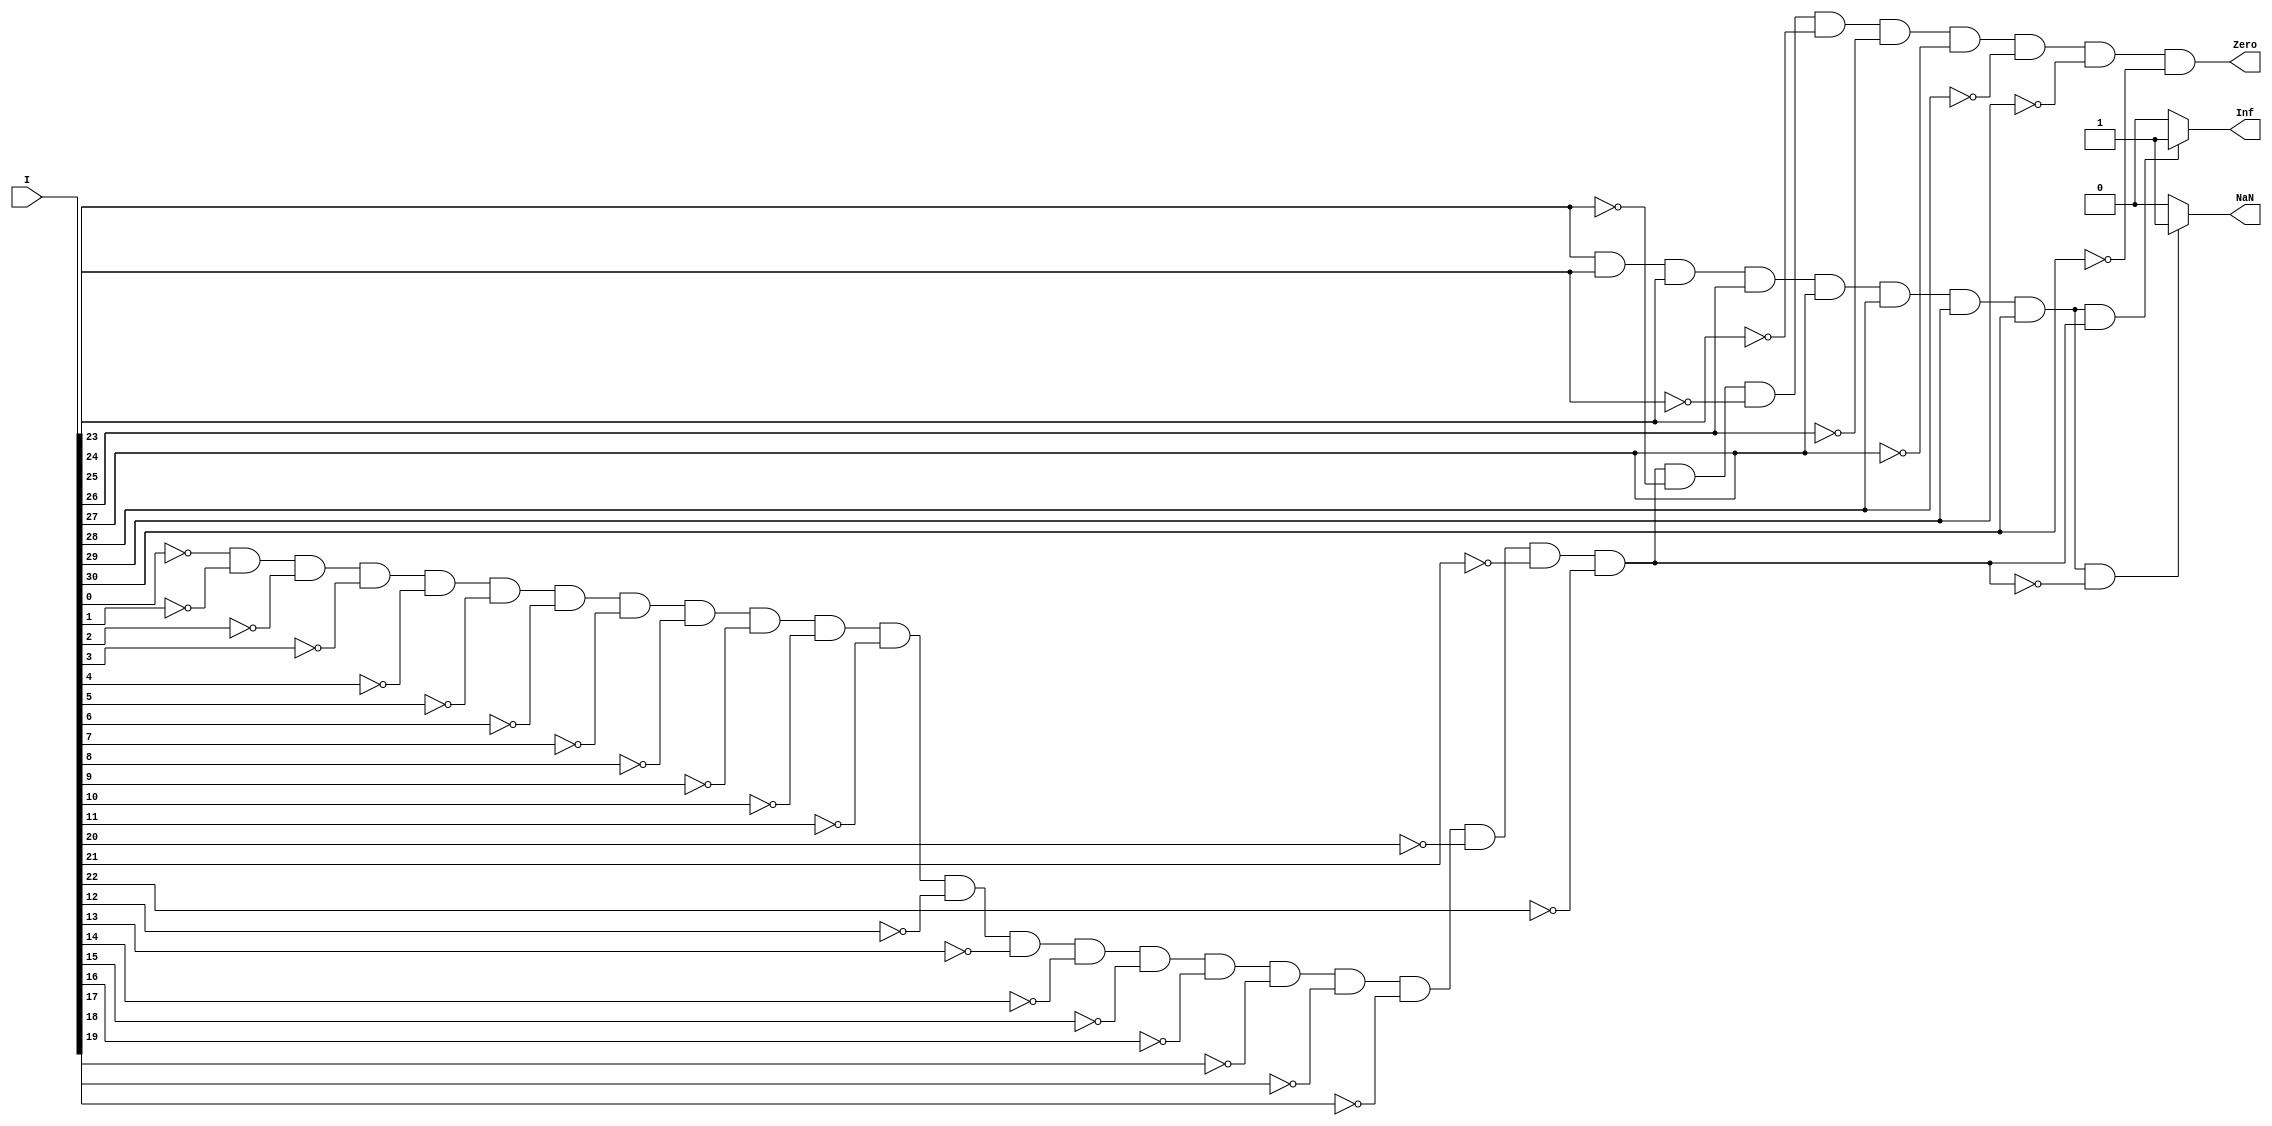
//--------------------------------- truong hop dac biet--------------------------------------//
 module spec_case(I, Inf, NaN, Zero);
  input [31:0] I;
  output Inf, NaN, Zero;
  
  wire zero_Fraction, one_Exponent;
  //Kiem tra truong hop 32bit 0
  assign Zero = ~I[0]&~I[1]&~I[2]&~I[3]&~I[4]&~I[5]&~I[6]&~I[7]&~I[8]&~I[9]&~I[10]&~I[11]&~I[12]&~I[13]
			   &~I[14]&~I[15]&~I[16]&~I[17]&~I[18]&~I[19]&~I[20]&~I[21]&~I[22]&~I[23]&~I[24]&~I[25]&~I[26]&~I[27]&~I[28]&~I[29]&~I[30]; 
  //Kiem tra truong hop fraction = 0     		
	assign zero_Fraction =~I[0]&~I[1]&~I[2]&~I[3]&~I[4]&~I[5]&~I[6]&~I[7]&~I[8]&~I[9]&~I[10]&~I[11]
						 &~I[12]&~I[13]&~I[14]&~I[15]&~I[16]&~I[17]&~I[18]&~I[19]&~I[20]&~I[21]&~I[22];
	//Kiem tra truong hop Exponent = 1
	assign one_Exponent = I[23]&I[24]&I[25]&I[26]&I[27]&I[28]&I[29]&I[30];
	//Kiem tra truong hop exponent=128 va fraction~=0
	assign NaN=(one_Exponent==1&&zero_Fraction==0)?1:0;
	//Kiem tra truong hop vo cung infinity exponent=128 va fraction=0
	assign Inf=(one_Exponent&zero_Fraction)?1:0;
	
endmodule